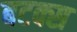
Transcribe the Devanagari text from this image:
बटक्स